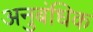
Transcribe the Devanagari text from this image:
अनुबंधिक